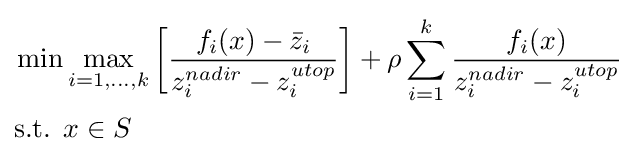
{\begin{aligned}\min &\max _{i=1,\ldots ,k}\left[{\frac {f_{i}(x)-{\bar {z}}_{i}}{z_{i}^{nadir}-z_{i}^{utop}}}\right]+\rho \sum _{i=1}^{k}{\frac {f_{i}(x)}{z_{i}^{nadir}-z_{i}^{utop}}}\\{\text{s.t. }}&x\in S\end{aligned}}